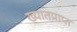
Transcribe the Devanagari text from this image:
ख्यातप्राप्त